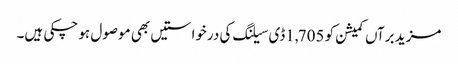
مزید برآں کمیشن کو 1,705ڈی سیلنگ کی درخواستیں بھی موصول ہو چکی ہیں۔